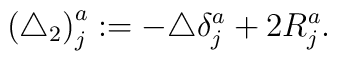
\left( \triangle _2\right) _j^a:=-\triangle \delta _j^a+2R_j^a.